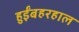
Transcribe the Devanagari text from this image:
हुईंबहरहाल